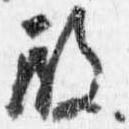
殿